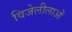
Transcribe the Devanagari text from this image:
विजेलीलाओं